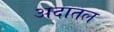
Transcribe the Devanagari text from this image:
अदातल